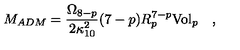
M _ { A D M } = { \frac { \Omega _ { 8 - p } } { 2 \kappa _ { 1 0 } ^ { 2 } } } ( 7 - p ) R _ { p } ^ { 7 - p } { \mathrm { V o l } } _ { p } \quad ,